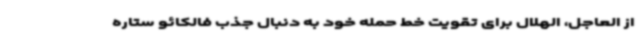
از العاجل، الهلال برای تقویت خط حمله خود به دنبال جذب فالکائو ستاره